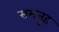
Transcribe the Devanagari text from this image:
समजुह